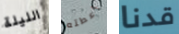
الليلة أعطته قدنا